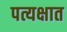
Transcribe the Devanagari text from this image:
पत्यक्षात